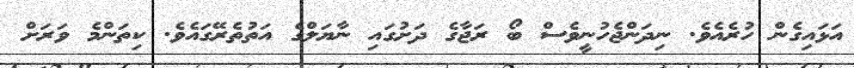
އަޅައިގެން ހުރެއެވެ. ނިދަންޖެހުނީވެސް ބޯ ރަޖާގެ ދަށުގައި ނާޔަލްގެ އަތުތެރޭގައެވެ. ކިތަންމެ ވަރަށް